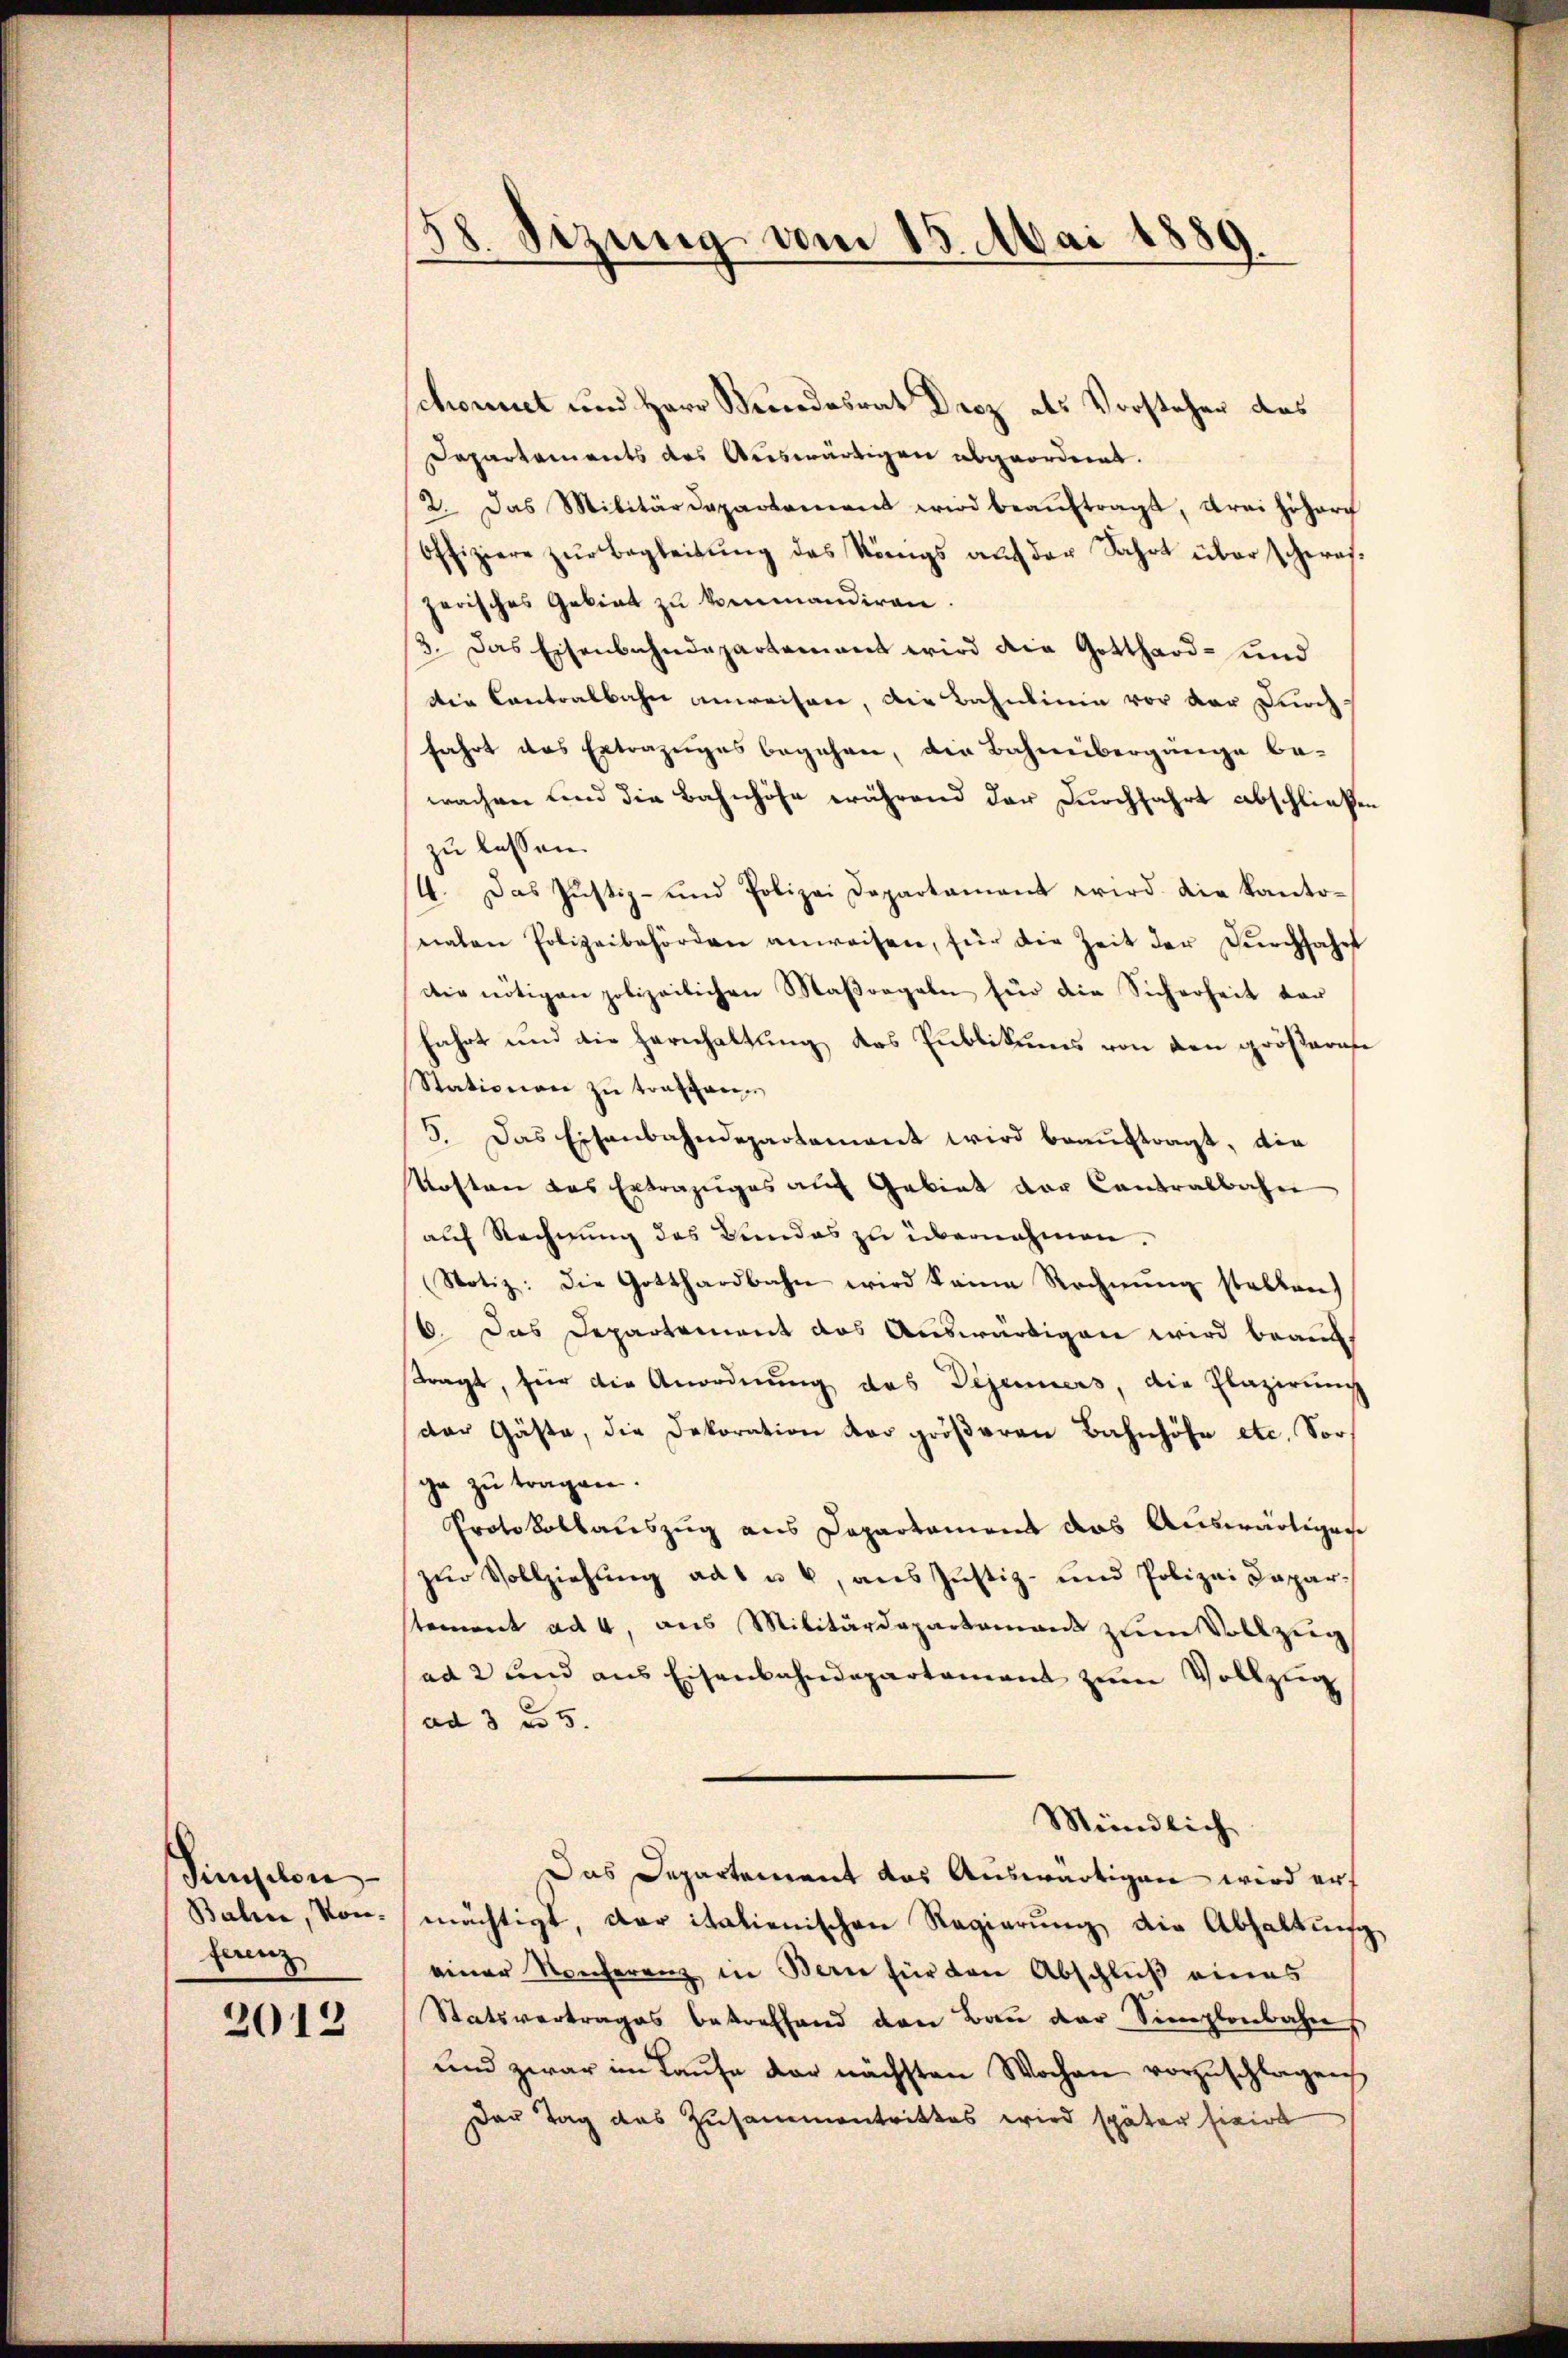
Singelon
Bahin, Konferenz

2012

38. Sizung vom 13. Mai 1889.

chonnet und Herr Bundesrat Droz als Vorsteher des
Dapartements des Auswärtigen abgeordnet.
2. Das Militärdepartement wird beaŭftragt, drei höher
offiziere zŭr Begleitŭng des Königs auf der Fahrt über scheresjerisches Gebiet zu kommandiren.
3. Das Eisenbahndepartement wird die Gotthard- und
Die Contralbahn anweisen, die Bahnlinie vor der Durchfahrt das Extrazuges begehen, die Bahnübergänge be-
wachen und die Bahnhöfe während der Durchfahrt abschließen
zu lassen.
4. Das Justiz- und Polizei Departament wird die Kanto-
nahen Polizeibehörden anweisen, für die Zeit der Dŭrchfahrt
die nötigen polizeilichen Maßregeln für die Sicherheit vor
fahrt und die Hernhaltung des Publikums von den größeres
Stationen zŭ trafan
5. Das Eisenbahndepartement wird beauftragt, die
Kosten das Extrazuges aŭf Gebiet der Contralbahn
auf Rechnung des Bundes zu übernehmen.
Notiz: die Gotthardbahn wird keine Rechnŭng stellen)
6. Das Departement das Auswärtigen wird beauftragt, für die Anordnung das Dejeuners, die Plazirung
der Gäste, die Dekoration der gröβeren Bahnhöfe etc. Vor-
ge zu tragen.
Protokollauszug aus Departament das Auswärtigen
zŭr Vollziehung aus u. 6, aus Justiz- und Polizei Dapar-
stament ad 4 aus Militärdepartament zum Vollzug
ad 2 und aus Eisenbahndepartament zum Vollzug
ad 3 f 5.
Mündlich
Das Departement das Auswärtigen wird erf
mächtigt, der italienischen Regierung die Abhaltung
einer Konferenz in Bern für den Abschluß eines
Statsvertrages betreffend von Bau der Simplenbahne
und zwar im Laufe der nächsten Wochen vorzuschlagen
Der Tag des Zusammentrittes wird später fixirt